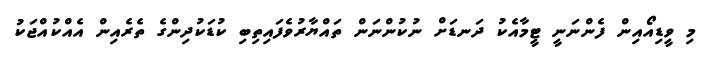
މި ވީޑިއޯއިން ފެންނަނީ ޓީމާއެކު ދަނޑަށް ނުކުންނަން ތައްޔާރުވެފައިތިބި ކުޑަކުދިންގެ ތެރެއިން އެއްކުއްޖަކު